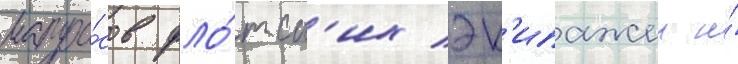
матро́сов фло́тск'их эк'ипажеи и́